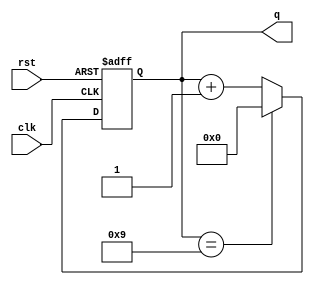
//mod-10 counter
module modn(q,clk,rst);
  input clk,rst;
  output reg [3:0]q;
  always @(posedge clk,posedge rst)
  begin
    if(rst) q<=4'b0;
    else if(q==9) q<=4'b0;
    else q<=q+1;
  end
endmodule

module modn_tb;
  reg clk,rst;
  wire [3:0]q;
  modn C4(q,clk,rst);
  
  always
  #5 clk=~clk;
  
  initial
  begin
  rst=1;clk=0;#10;
  rst=0;#200;
  $stop;
  end
endmodule